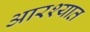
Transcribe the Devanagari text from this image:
आरश्यात